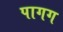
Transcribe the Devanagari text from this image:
पागग